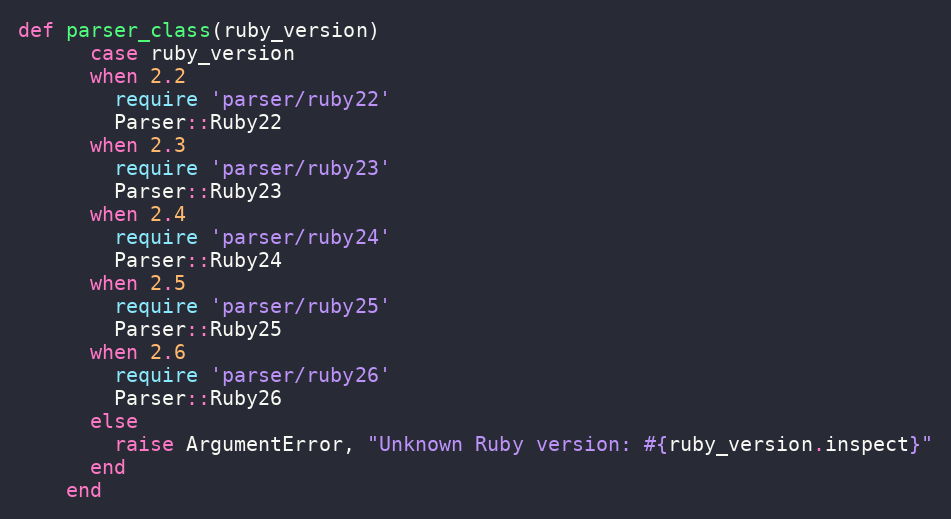
Language: Ruby
def parser_class(ruby_version)
      case ruby_version
      when 2.2
        require 'parser/ruby22'
        Parser::Ruby22
      when 2.3
        require 'parser/ruby23'
        Parser::Ruby23
      when 2.4
        require 'parser/ruby24'
        Parser::Ruby24
      when 2.5
        require 'parser/ruby25'
        Parser::Ruby25
      when 2.6
        require 'parser/ruby26'
        Parser::Ruby26
      else
        raise ArgumentError, "Unknown Ruby version: #{ruby_version.inspect}"
      end
    end